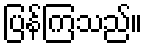
ပြန်ကြသည်။